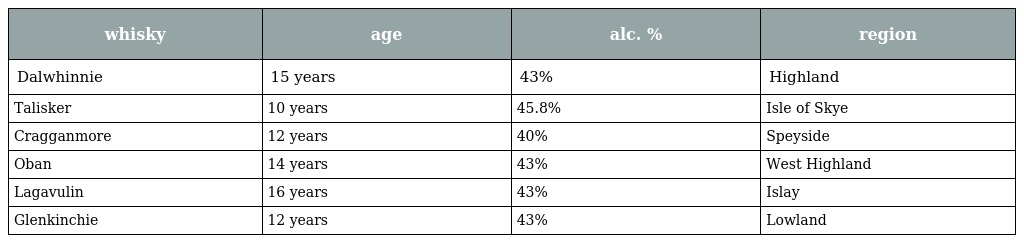
| whisky | age | alc. % | region |
 | --- | --- | --- | --- |
 | Dalwhinnie | 15 years | 43% | Highland |
 | Talisker | 10 years | 45.8% | Isle of Skye |
 | Cragganmore | 12 years | 40% | Speyside |
 | Oban | 14 years | 43% | West Highland |
 | Lagavulin | 16 years | 43% | Islay |
 | Glenkinchie | 12 years | 43% | Lowland |